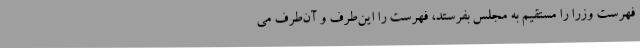
فهرست وزرا را مستقیم به مجلس بفرستد، فهرست را این‌طرف و آن‌طرف می